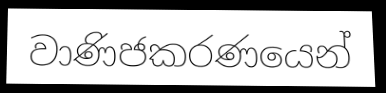
වාණිජකරණයෙන්